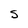
Character: S